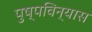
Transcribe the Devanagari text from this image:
पुष्पविन्यास